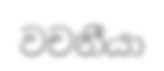
වචනීයා